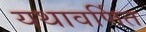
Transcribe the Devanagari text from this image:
यथावर्णित